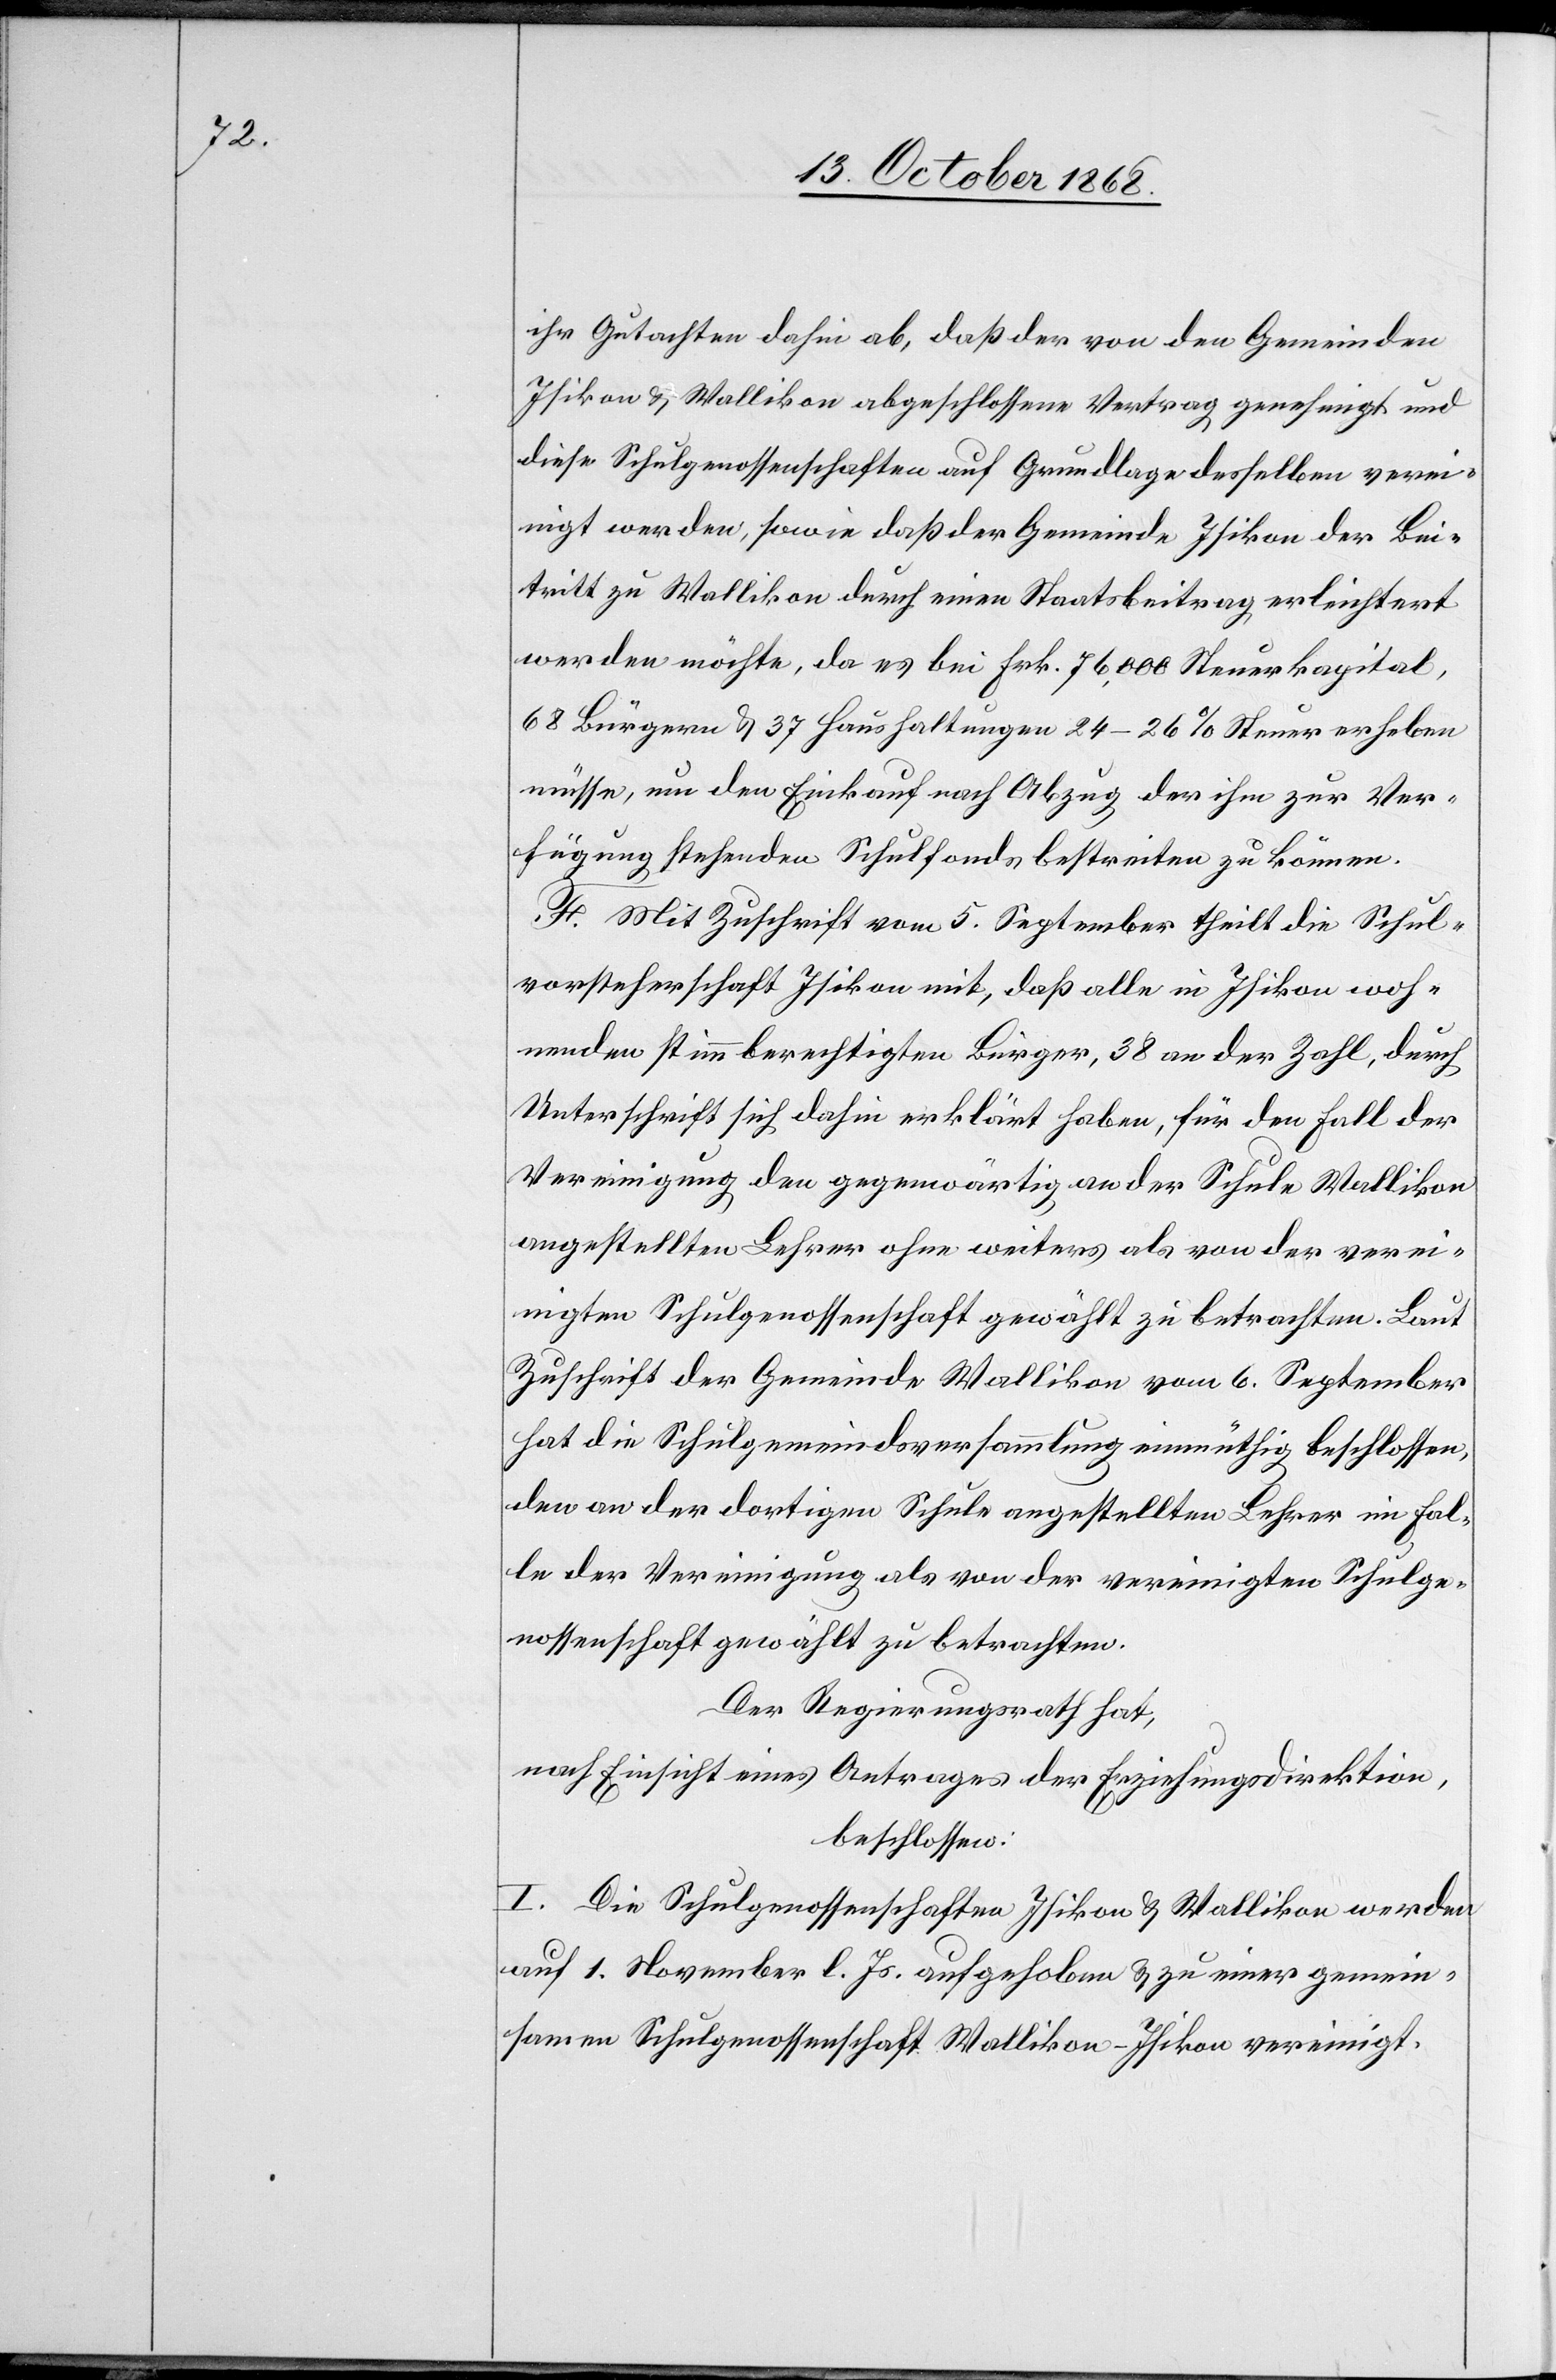
ihr Gutachten dahin ab, daß der von den Gemeinden
Isikon & Wallikon abgeschlossene Vertrag genehmigt und
diese Schulgenossenschaften auf Grundlage desselben verei¬
nigt werden, sowie daß der Gemeinde Isikon der Bei¬
tritt zu Wallikon durch einen Staatsbeitrag erleichtert
werden möchte, da es bei Frk. 76,000 Steuerkapital,
68 Bürgern & 37 Haushaltungen 24–26% Steuer erheben
müsse, um den Einkauf nach Abzug der ihm zur Ver¬
fügung stehenden Schulfonds bestreiten zu können.
F. Mit Zuschrift vom 5. September theilt die Schul¬
vorsteherschaft Isikon mit, daß alle in Isikon woh¬
nenden stimmberechtigten Bürger, 38 an der Zahl, durch
Unterschrift sich dahin erklärt haben, für den Fall der
Vereinigung den gegenwärtig an der Schule Wallikon
angestellten Lehrer ohne weiters als von der verei¬
nigten Schulgenossenschaft gewählt zu betrachten. Laut
Zuschrift der Gemeinde Wallikon vom 6. September
hat die Schulgemeindsversammlung einmüthig beschlossen,
den an der dortigen Schule angestellten Lehrer im Fal¬
le der Vereinigung als von der vereinigten Schulge¬
nossenschaft gewählt zu betrachten.
Der Regierungsrath hat,
nach Einsicht eines Antrages der Erziehungsdirektion,
beschlossen:
I. Die Schulgenossenschaften Isikon & Wallikon werden
auf 1. November l. Js. aufgehoben & zu einer gemein¬
samen Schulgenossenschaft Wallikon-Isikon vereinigt.